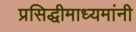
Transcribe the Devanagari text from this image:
प्रसिद्धीमाध्यमांनी